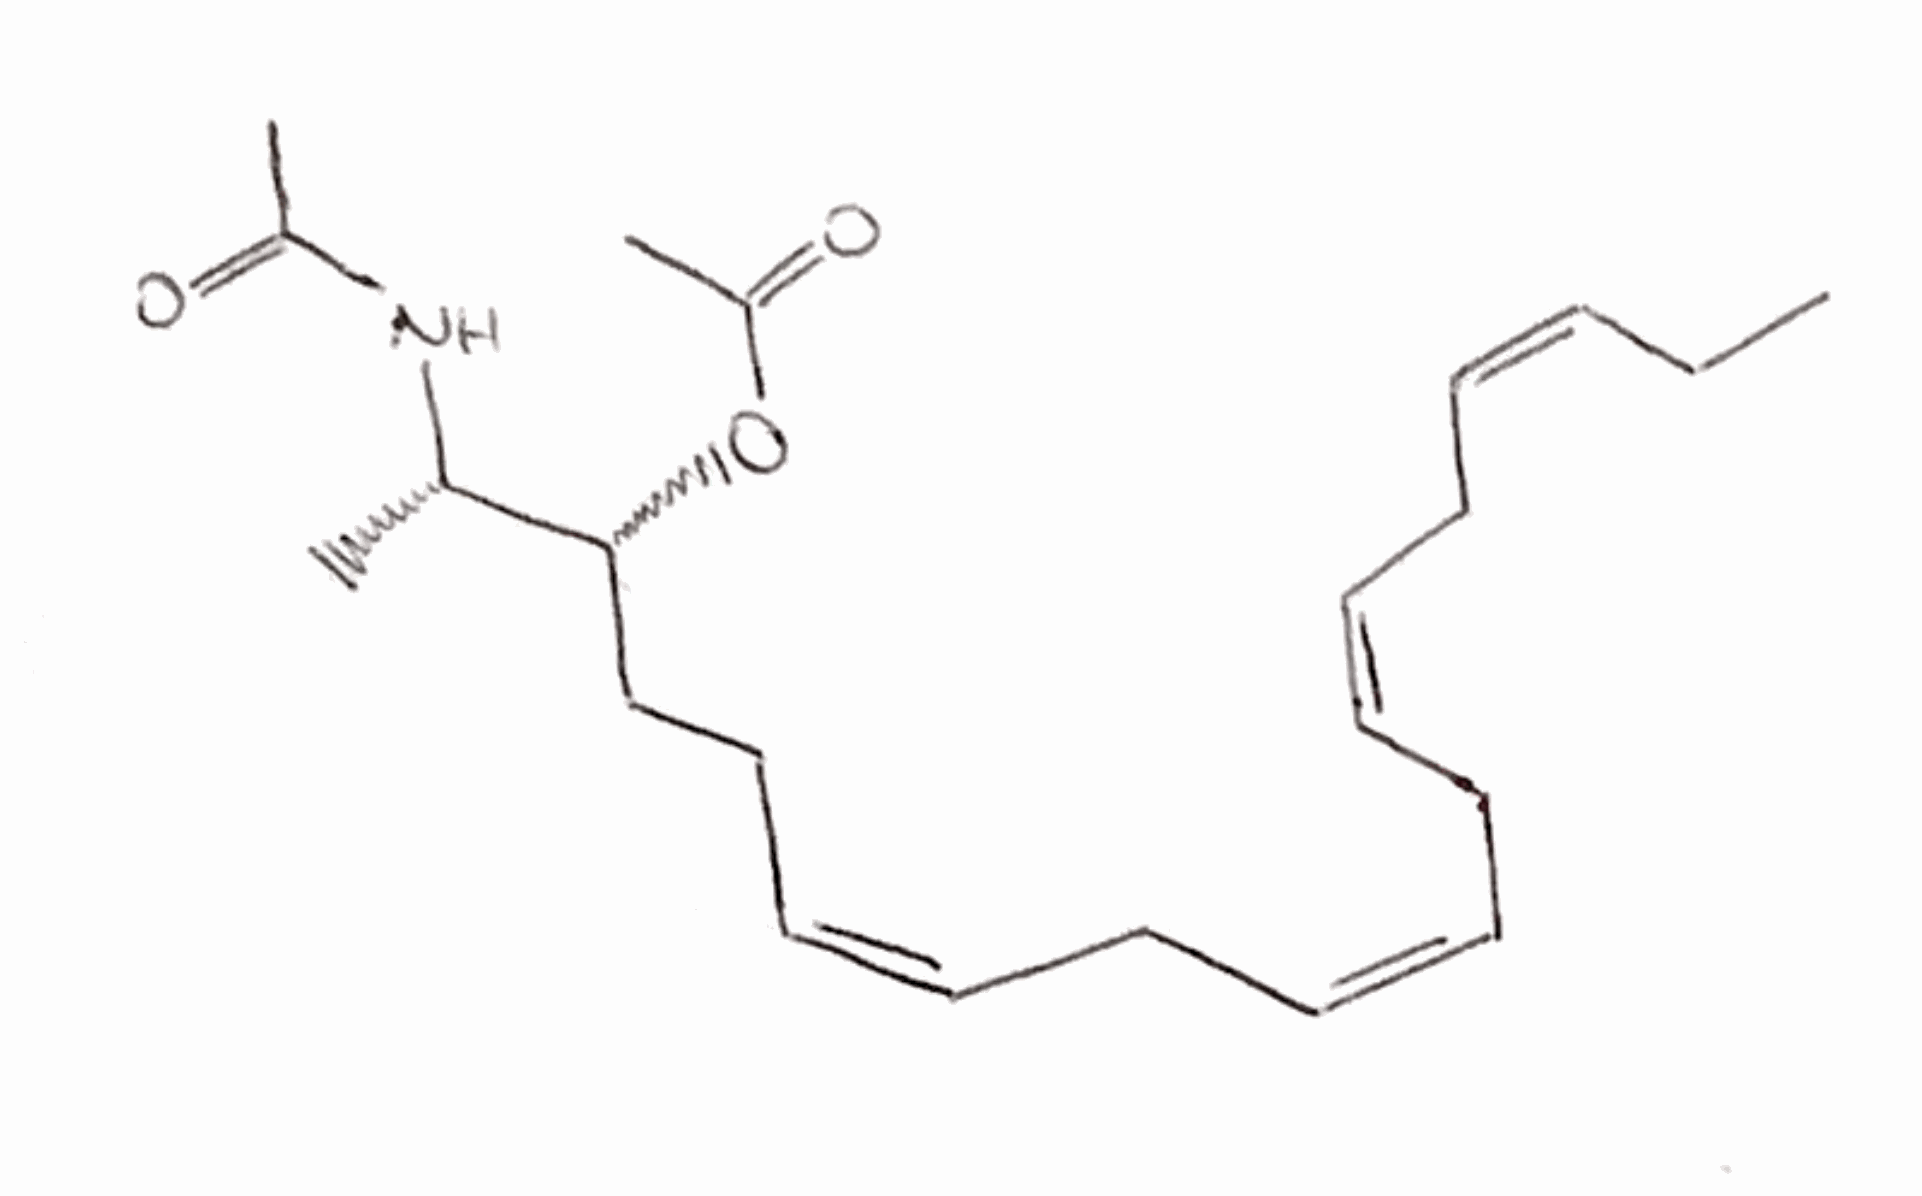
Simplified molecular-input line-entry system (SMILES) notation of the given molecule:
CC/C=C\C/C=C\C/C=C\C/C=C\CC[C@H]([C@H](C)NC(=O)C)OC(=O)C